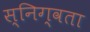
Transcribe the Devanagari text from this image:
स्निग्वता